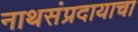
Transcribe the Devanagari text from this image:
नाथसंप्रदायाचा